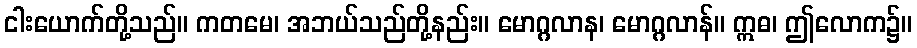
ငါးယောက်တို့သည်။ ကတမေ၊ အဘယ်သည်တို့နည်း။ မောဂ္ဂလာန၊ မောဂ္ဂလာန်။ ဣဓ၊ ဤလောက၌။